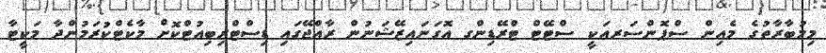
މިމުބާރާތުގެ މެއިން ސްޕޮންސަރއަކީ ސްޓޭޓް ޓްރޭޑިންގ އޮގަނައިޒޭޝަނުން ރާއްޖޭގައި ޑިސްޓްރިބިއުޓްކޮށް މާކެޓްކުރަމުންދާ މަކީޓާ